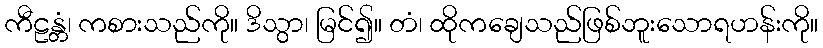
ကီဠန္တံ၊ ကစားသည်ကို။ ဒိသွာ၊ မြင်၍။ တံ၊ ထိုကချေသည်ဖြစ်ဘူးသောရဟန်းကို။